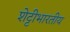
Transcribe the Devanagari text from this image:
शेट्टीभारतीय